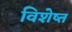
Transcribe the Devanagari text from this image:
विशेष्त